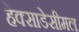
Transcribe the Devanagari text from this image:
हेक्साडेसीमल